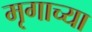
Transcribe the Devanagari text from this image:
मृगाच्या